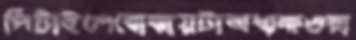
পিটাইলেবোঝায়টাঅধ্যক্ষওরা